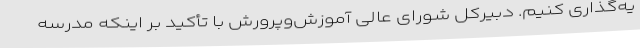
یه‌گذاری کنیم. دبیرکل شورای عالی آموزش‌وپرورش با تأکید بر اینکه مدرسه